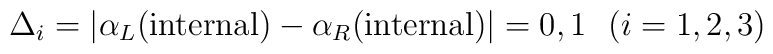
\Delta_i=\vert\alpha_L({\rm internal})-\alpha_R({\rm internal})\vert=0,1~~(i=1,2,3)